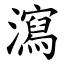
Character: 瀉